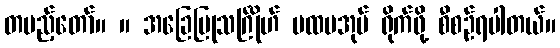
တပည့်တော်။ ။ အခြေပြုသင်္ဂြိုဟ် ပထမအုပ် ရိုက်ဖို့ စီစဉ်ရပါတယ်။